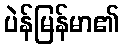
ပဲန်မြန်မာ၏